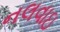
નલવાઇ